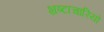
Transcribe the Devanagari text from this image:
भ्रष्टाचारियो